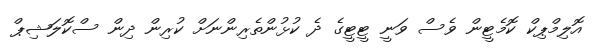
އޮލިމްޕިކް ކޮމެޓީން ވެސް ވަނީ ޓީޓީގެ ދެ ކުޅުންތެރިންނަށް ކުރިން ދިން ސްކޮލަޝިޕް